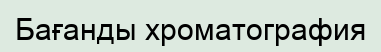
Бағанды хроматография